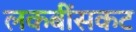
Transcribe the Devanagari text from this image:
लकबींसकट